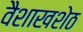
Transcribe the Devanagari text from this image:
वैशाखशेठ